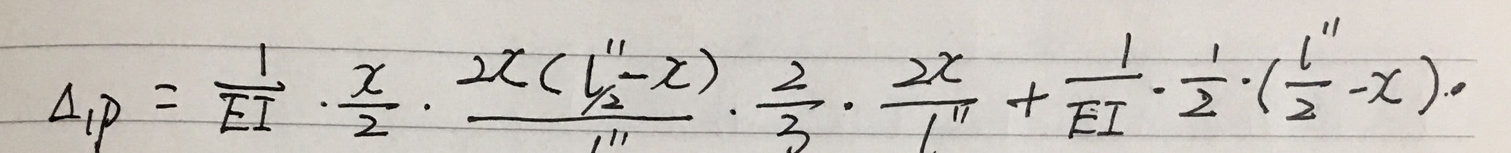
\[
\Delta_{1P}=\frac{1}{EI}\cdot\frac{x}{2}\cdot\frac{2x(\frac{l''}{2}-x)}{l''}\cdot\frac{2}{3}\cdot\frac{2x}{l''}+\frac{1}{EI}\cdot\frac{1}{2}\cdot(\frac{l''}{2}-x)\cdot
\]